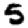
Digit: 5